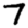
Digit: 7